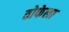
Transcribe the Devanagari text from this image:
तोफेला